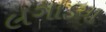
લગાડયા